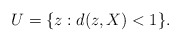
\begin{align*}U = \{ z : d(z,X) < 1 \}.\end{align*}